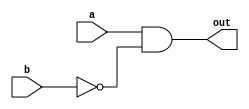
`timescale 1ns/1ps

module A_and_not_b_1bit (out, a, b);
input a;
input b;
output out;

wire b_n;

not not0 (b_n, b);
and and0 (out, a, b_n);

endmodule